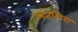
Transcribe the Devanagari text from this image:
अंतशिरा